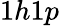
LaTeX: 1h1p